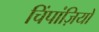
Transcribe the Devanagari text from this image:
चिंपांज़ियों